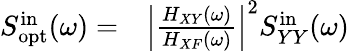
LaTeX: \begin{array}{rl}{S_{\mathrm{opt}}^{\mathrm{in}}(\omega)=}&{{}\left|\frac{H_{XY}(\omega)}{H_{XF}(\omega)}\right|^{2}S_{YY}^{\mathrm{in}}(\omega)}\end{array}